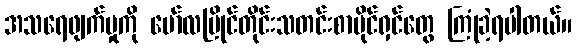
အသရေဖျက်မှုကို မော်လမြိုင်တိုင်းသတင်းစာပိုင်ရှင်တွေ ကြုံခဲ့ရပါတယ်။